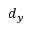
d _ { y }